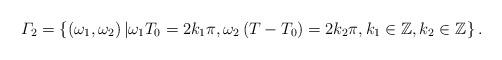
LaTeX: \begin{align*}\begin{array}{c}\varGamma_{2}=\left\{ \left(\omega_{1},\omega_{2}\right)\left|\omega_{1}T_{0}=2k_{1}\pi,\omega_{2}\left(T-T_{0}\right)=2k_{2}\pi,k_{1}\in\mathbb{Z},k_{2}\in\mathbb{Z}\right.\right\} .\end{array}\end{align*}